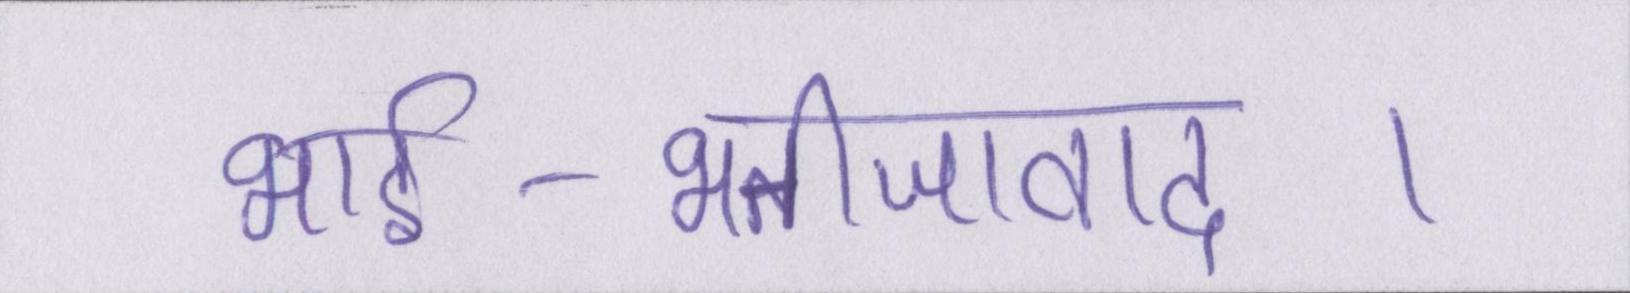
भार्इ-भतीजावाद।